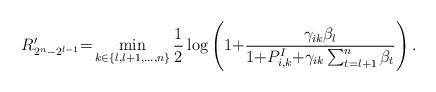
LaTeX: \begin{align*}R'_{2^n-2^{l-1}} {=} \min_{k\in\{l,l+1,\ldots,n\}}\frac{1}{2}\log\left(1 {+} \frac{ \gamma_{ik} \beta_l }{1{+} P^I_{i,k}{+}\gamma_{ik}\sum_{t=l+1}^n \beta_t}\right).\end{align*}